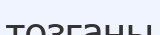
тозғаны